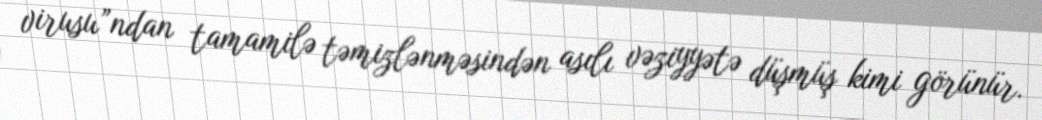
virusu”ndan tamamilə təmizlənməsindən asılı vəziyyətə düşmüş kimi görünür.